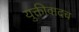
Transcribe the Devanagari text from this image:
युक्तीवादच